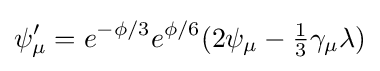
\psi '_{\mu }=e^{-\phi /3}e^{\phi /6}(2\psi _{\mu }-{\tfrac {1}{3}}\gamma _{\mu }\lambda )